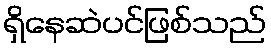
ရှိနေဆဲပင်ဖြစ်သည်